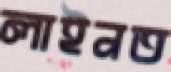
লাইনত